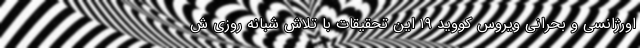
اورژانسی و بحرانی ویروس کووید ۱۹ این تحقیقات با تلاش شبانه روزی ش